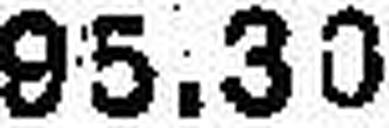
95.30